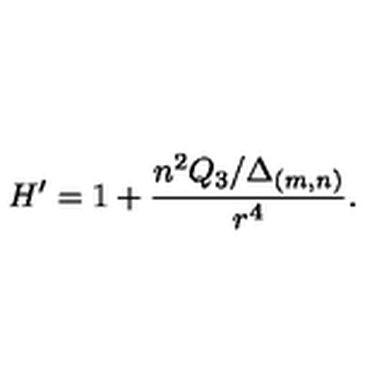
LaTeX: H ^ { \prime } = 1 + \frac { n ^ { 2 } Q _ { 3 } / \Delta _ { ( m , n ) } } { r ^ { 4 } } .